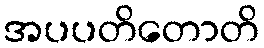
အပပတိတောတိ